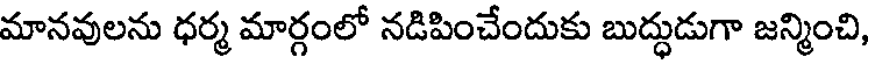
మానవులను ధర్మ మార్గంలో నడిపించేందుకు బుద్ధుడుగా జన్మించి,